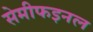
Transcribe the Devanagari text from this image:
सेमीफइनल